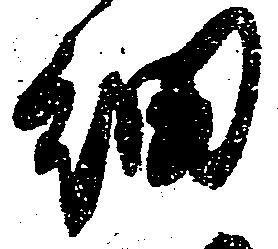
細